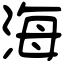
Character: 海